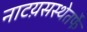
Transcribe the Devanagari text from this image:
नाटय़सस्थेतर्फे